Vaccine operations Central Provinces & Berar 1922-1929 - 1922-1929
Year: 1922
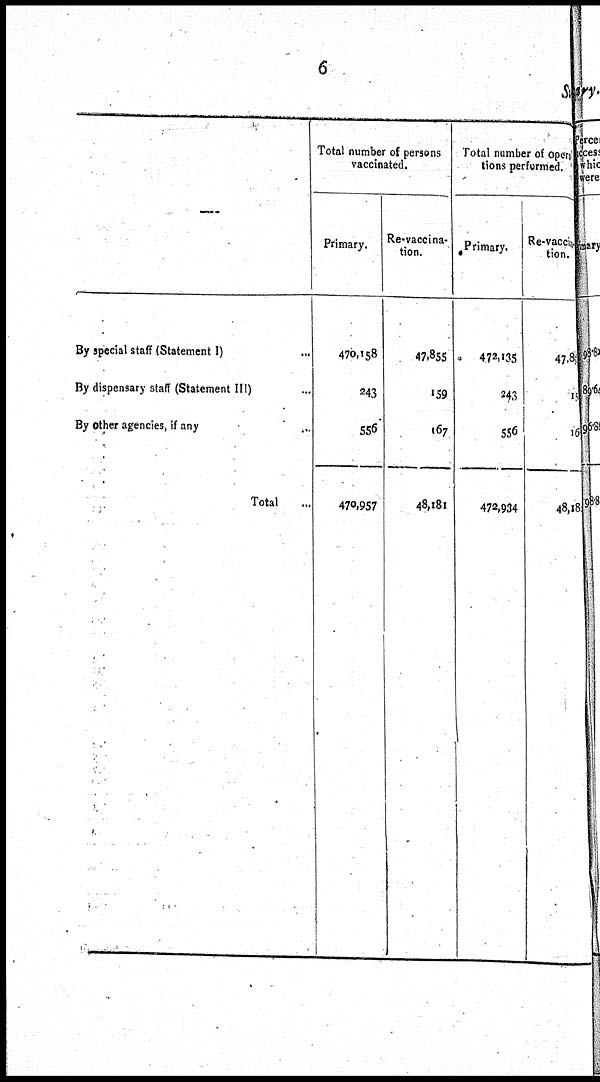
6
Sum
By special staff (Statement I) ...
By dispensary staff (Statement III) ...
By Other agencies, if any
...
Total ...
Total number of persons
vaccinated.
Primary.
470,158
243
556
470,957
Re-vaccina-
tion.
47,855
159
167
48,181
Total number of opera¬
tions performed.
Primary.
472,135
243
556
472,934
Re-vaccina¬
tion.
47,81
19
16
48,18